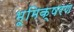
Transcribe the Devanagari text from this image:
भूमिक्षरण